Problem: 8 × 5 = ?
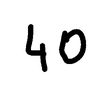
Handwritten answer: 40